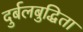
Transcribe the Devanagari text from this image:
दुर्बलबुद्धिता